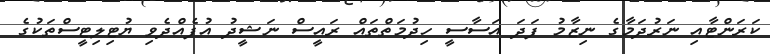
ކަރަންޓާއި ނަރުދަމާގެ ނިޒާމު ފަދަ އަސާސީ ހިދުމަތްތައް ރައީސް ނަޝީދު އުފެއްދެވި ޔުޓިލިޓީސްތަކުގެ